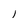
Character: l